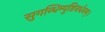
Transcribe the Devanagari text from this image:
सुगन्धिम्पुष्टिवर्धनम्‌।